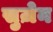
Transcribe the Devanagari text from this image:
सुज़ेन